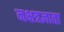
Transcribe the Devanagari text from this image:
नक्षत्रज्ञाता